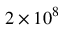
2 \times 1 0 ^ { 8 }